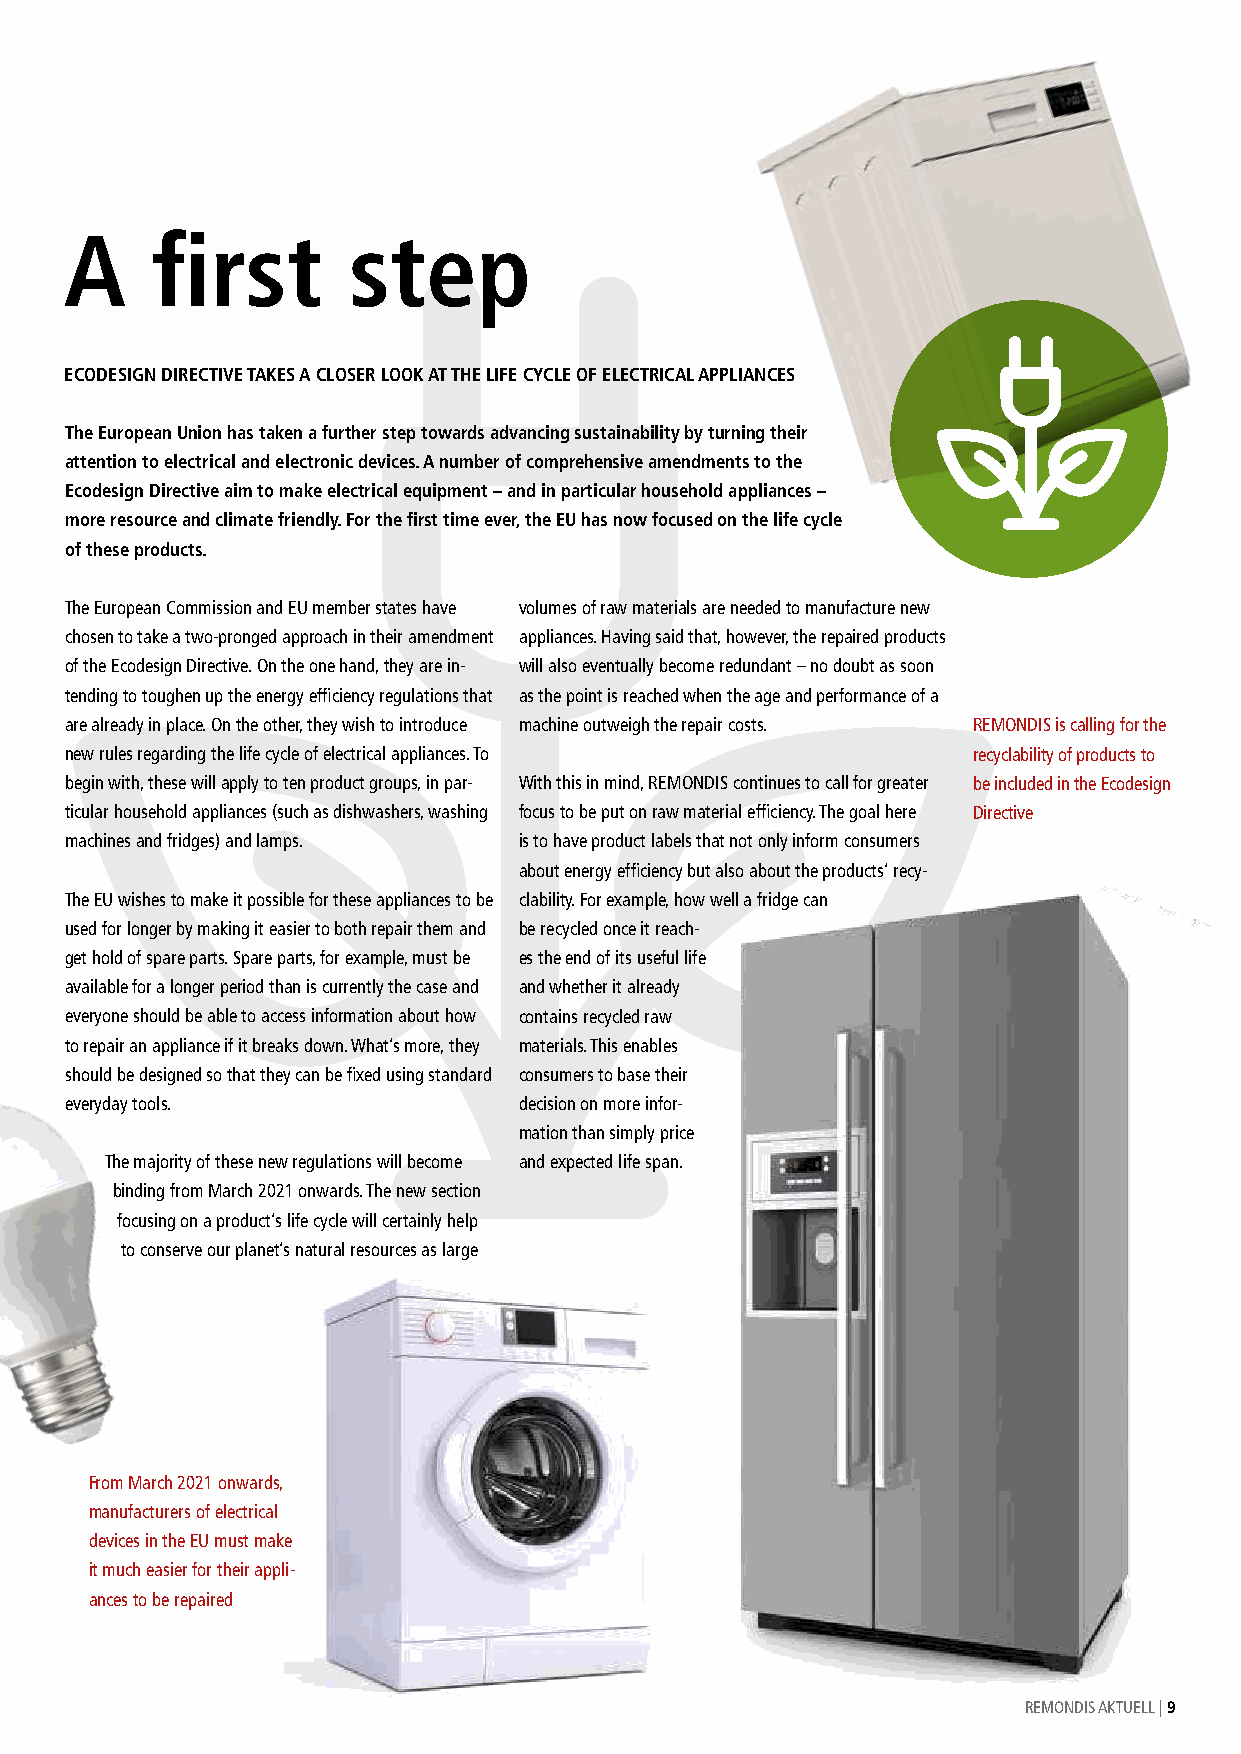
A     first        step
 ECODESIGN DIRECTIVE TAKES A CLOSER LOOK AT THE LIFE CYCLE OF ELECTRICAL APPLIANCES
 The European Union has taken a further step towards advancing sustainability by turning their
 attention to electrical and electronic devices. A number of comprehensive amendments to the
 Ecodesign Directive aim to make electrical equipment – and in particular household appliances –
 more resource and climate friendly. For the first time ever, the EU has now focused on the life cycle
 of these products.
 The European Commission and EU member states have volumes of raw materials are needed to manufacture new
 chosen to take a two-pronged approach in their amendment appliances. Having said that, however, the repaired products
 of the Ecodesign Directive. On the one hand, they are in- will also eventually become redundant – no doubt as soon
 tending to toughen up the energy efficiency regulations that as the point is reached when the age and performance of a
 are already in place. On the other, they wish to introduce machine outweigh the repair costs. REMONDIS is calling for the
 new rules regarding the life cycle of electrical appliances. To recyclability of products to
 begin with, these will apply to ten product groups, in par- With this in mind, REMONDIS continues to call for greater be included in the Ecodesign
 ticular household appliances (such as dishwashers, washing focus to be put on raw material efficiency. The goal here Directive
 machines and fridges) and lamps. is to have product labels that not only inform consumers
 about energy efficiency but also about the products’ recy-
 The EU wishes to make it possible for these appliances to be clability. For example, how well a fridge can
 used for longer by making it easier to both repair them and be recycled once it reach-
 get hold of spare parts. Spare parts, for example, must be es the end of its useful life
 available for a longer period than is currently the case and and whether it already
 everyone should be able to access information about how contains recycled raw
 to repair an appliance if it breaks down. What’s more, they materials. This enables
 should be designed so that they can be fixed using standard consumers to base their
 everyday tools.               decision on more infor-
 mation than simply price
 The majority of these new regulations will become and expected life span.
 binding from March 2021 onwards. The new section
 focusing on a product’s life cycle will certainly help
 to conserve our planet’s natural resources as large
 From March 2021 onwards,
 manufacturers of electrical
 devices in the EU must make
 it much easier for their appli-
 ances to be repaired
 REMONDIS AKTUELL | 9